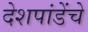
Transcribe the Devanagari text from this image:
देशपांडेंचे